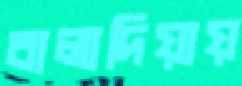
বালাদিয়ায়